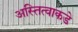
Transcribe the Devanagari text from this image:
अस्तित्वाकडे